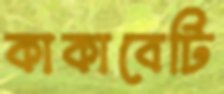
কাকাবেটি